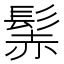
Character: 𩭑